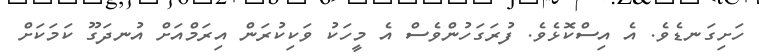
ހަށިގަނޑެވެ. އެ އިސްކޮޅެވެ. ފުރަގަހުންވެސް އެ މީހަކު ވަކިކުރަން އިރަމްއަށް އުނދަގޫ ކަމަކަށް